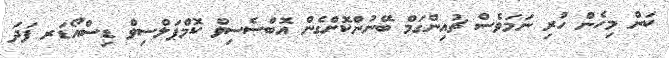
ކަން މިހެން ހުރި ނަމަވެސް ޗުއިންގަމް ބޭނުންކޮށްގެން އޮބްސެސިވް ކޮމްޕަލްސިވް ޑިސްއޯޑަރ ފަދަ